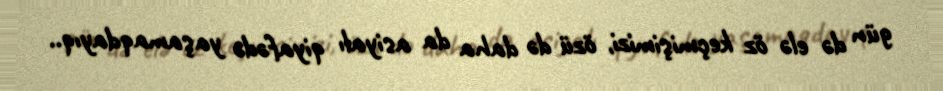
gün də elə öz keçmişimizi, özü də daha da asiyalı qiyafədə yaşamaqdayıq..